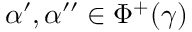
\alpha ^ { \prime } , \alpha ^ { \prime \prime } \in \Phi ^ { + } ( \gamma )